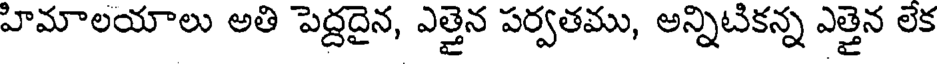
హిమాలయాలు అతి పెద్దదైన, ఎత్తైన పర్వతము, అన్నిటికన్న ఎత్తైన లెక